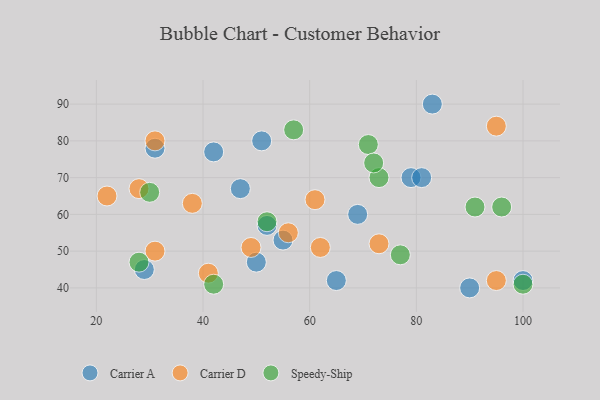
{"axis": {"x": "GDP", "y": "Life Expectancy"}, "legend": ["Carrier A", "Carrier D", "Speedy-Ship"], "data": [{"x": "55", "y": 53, "type": "Carrier A"}, {"x": "50", "y": 47, "type": "Carrier A"}, {"x": "65", "y": 42, "type": "Carrier A"}, {"x": "51", "y": 80, "type": "Carrier A"}, {"x": "47", "y": 67, "type": "Carrier A"}, {"x": "79", "y": 70, "type": "Carrier A"}, {"x": "29", "y": 45, "type": "Carrier A"}, {"x": "31", "y": 78, "type": "Carrier A"}, {"x": "81", "y": 70, "type": "Carrier A"}, {"x": "69", "y": 60, "type": "Carrier A"}, {"x": "52", "y": 57, "type": "Carrier A"}, {"x": "90", "y": 40, "type": "Carrier A"}, {"x": "42", "y": 77, "type": "Carrier A"}, {"x": "100", "y": 42, "type": "Carrier A"}, {"x": "83", "y": 90, "type": "Carrier A"}, {"x": "31", "y": 80, "type": "Carrier D"}, {"x": "95", "y": 84, "type": "Carrier D"}, {"x": "38", "y": 63, "type": "Carrier D"}, {"x": "73", "y": 52, "type": "Carrier D"}, {"x": "49", "y": 51, "type": "Carrier D"}, {"x": "28", "y": 67, "type": "Carrier D"}, {"x": "22", "y": 65, "type": "Carrier D"}, {"x": "62", "y": 51, "type": "Carrier D"}, {"x": "95", "y": 42, "type": "Carrier D"}, {"x": "31", "y": 50, "type": "Carrier D"}, {"x": "56", "y": 55, "type": "Carrier D"}, {"x": "41", "y": 44, "type": "Carrier D"}, {"x": "61", "y": 64, "type": "Carrier D"}, {"x": "57", "y": 83, "type": "Speedy-Ship"}, {"x": "28", "y": 47, "type": "Speedy-Ship"}, {"x": "73", "y": 70, "type": "Speedy-Ship"}, {"x": "52", "y": 58, "type": "Speedy-Ship"}, {"x": "42", "y": 41, "type": "Speedy-Ship"}, {"x": "77", "y": 49, "type": "Speedy-Ship"}, {"x": "71", "y": 79, "type": "Speedy-Ship"}, {"x": "91", "y": 62, "type": "Speedy-Ship"}, {"x": "96", "y": 62, "type": "Speedy-Ship"}, {"x": "100", "y": 41, "type": "Speedy-Ship"}, {"x": "72", "y": 74, "type": "Speedy-Ship"}, {"x": "30", "y": 66, "type": "Speedy-Ship"}]}